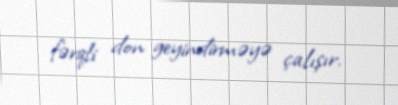
fərqli don geyindirməyə çalışır.